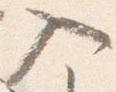
入